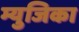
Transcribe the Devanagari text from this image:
म्युजिका